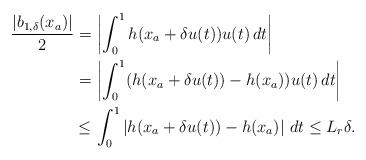
LaTeX: \begin{align*}\begin{aligned}\dfrac{|b_{1,\delta}(x_a)|}{2} =&\, \left|\int_0^1 h(x_a+\delta u(t)) u(t)\,dt\right| \\=&\,\left|\int_0^1 (h(x_a+\delta u(t))-h(x_a))u(t)\,dt\right| \\\le&\,\int_0^1 \left|h(x_a+\delta u(t))-h(x_a)\right|\,dt \le L_r \delta. \end{aligned}\end{align*}